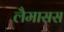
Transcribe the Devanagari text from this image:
लैमासस